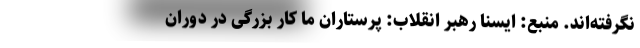
نگرفته‌اند. منبع: ایسنا رهبر انقلاب: پرستاران ما کار بزرگی در دوران